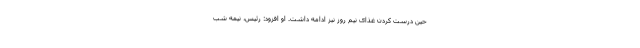
حین درست کردن غذای نیم روز نیز ادامه داشت. او افزود: رئیس، نیمه شب